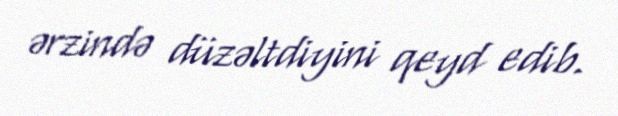
ərzində düzəltdiyini qeyd edib.